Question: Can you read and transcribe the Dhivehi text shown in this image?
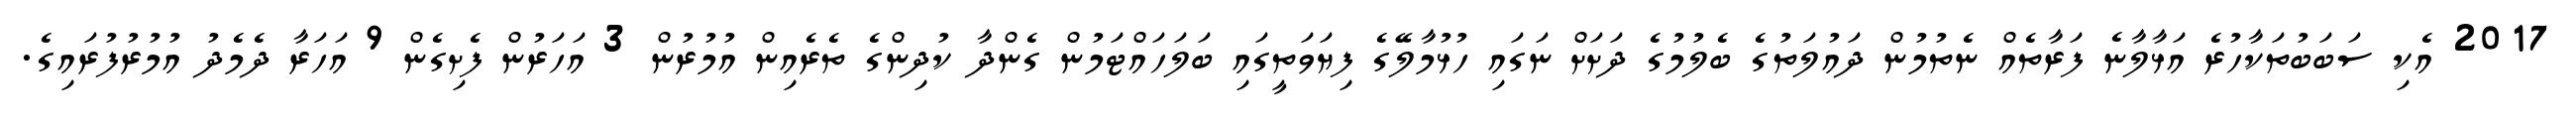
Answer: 2017 އެކި ސަބަބުތަކާހުރެ އަޅާލާނެ ފަރާތެއް ނެތުމުން ދައުލަތުގެ ބެލުމުގެ ދަށަށް ނަގައި ހުޅުމާލޭގެ ފިޔަވަތީގައި ބަލަހައްޓަމުން ގެންދާ ކުދިންގެ ތެރެއިން އުމުރުން 3 އަހަރުން ފެށިގެން 9 އަހަރާ ދެމެދު އުމުރުފުރައިގެ.